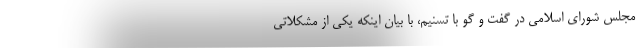
مجلس شورای اسلامی در گفت و گو با تسنیم، با بیان اینکه یکی از مشکلاتی